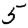
Digit: 5